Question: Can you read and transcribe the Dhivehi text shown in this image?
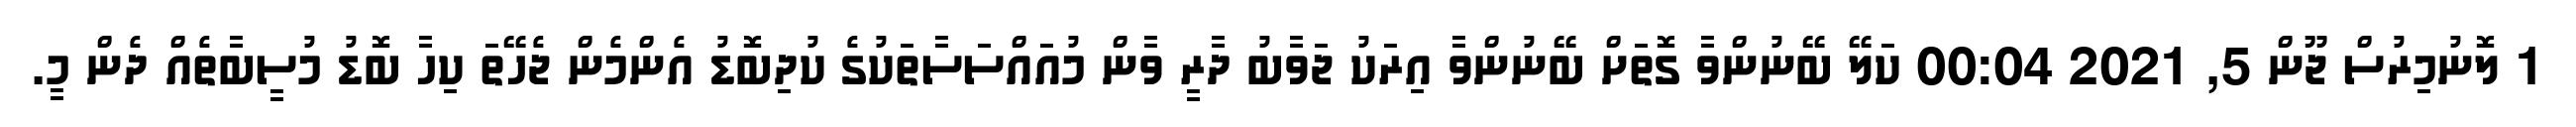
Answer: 1 ލޮނުމިރުސް ޖޫން 5, 2021 00:04 ކަލޭ ބޭނުންވާ ގޮތަށް ބޭނުންވާ އިރަކު ޖަވާބު ދާރީ ވާން މުއައްސަސާތަކުގެ ކުދިބޮޑު އެންމެން ޖެހޭތަ ކިހާ ބޮޑު މުސީބާތެއް ދެން މީ.